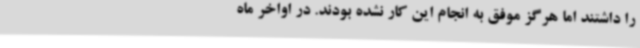
را داشتند اما هرگز موفق به انجام این کار نشده بودند. در اواخر ماه